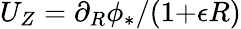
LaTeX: U_{Z}=\partial_{R}\phi_{*}/(1{+}\epsilon R)